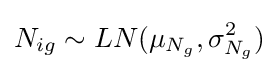
N_{ig}\sim LN(\mu _{N_{g}},\sigma _{N_{g}}^{2})